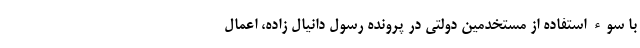
با سوء استفاده از مستخدمین دولتی در پرونده رسول دانیال زاده، اعمال